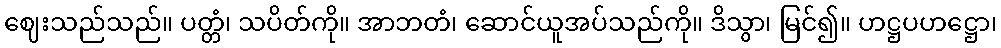
ဈေးသည်သည်။ ပတ္တံ၊ သပိတ်ကို။ အာဘတံ၊ ဆောင်ယူအပ်သည်ကို။ ဒိသွာ၊ မြင်၍။ ဟဋ္ဌပဟဋ္ဌော၊